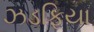
ઝડફિયા